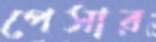
পেসার